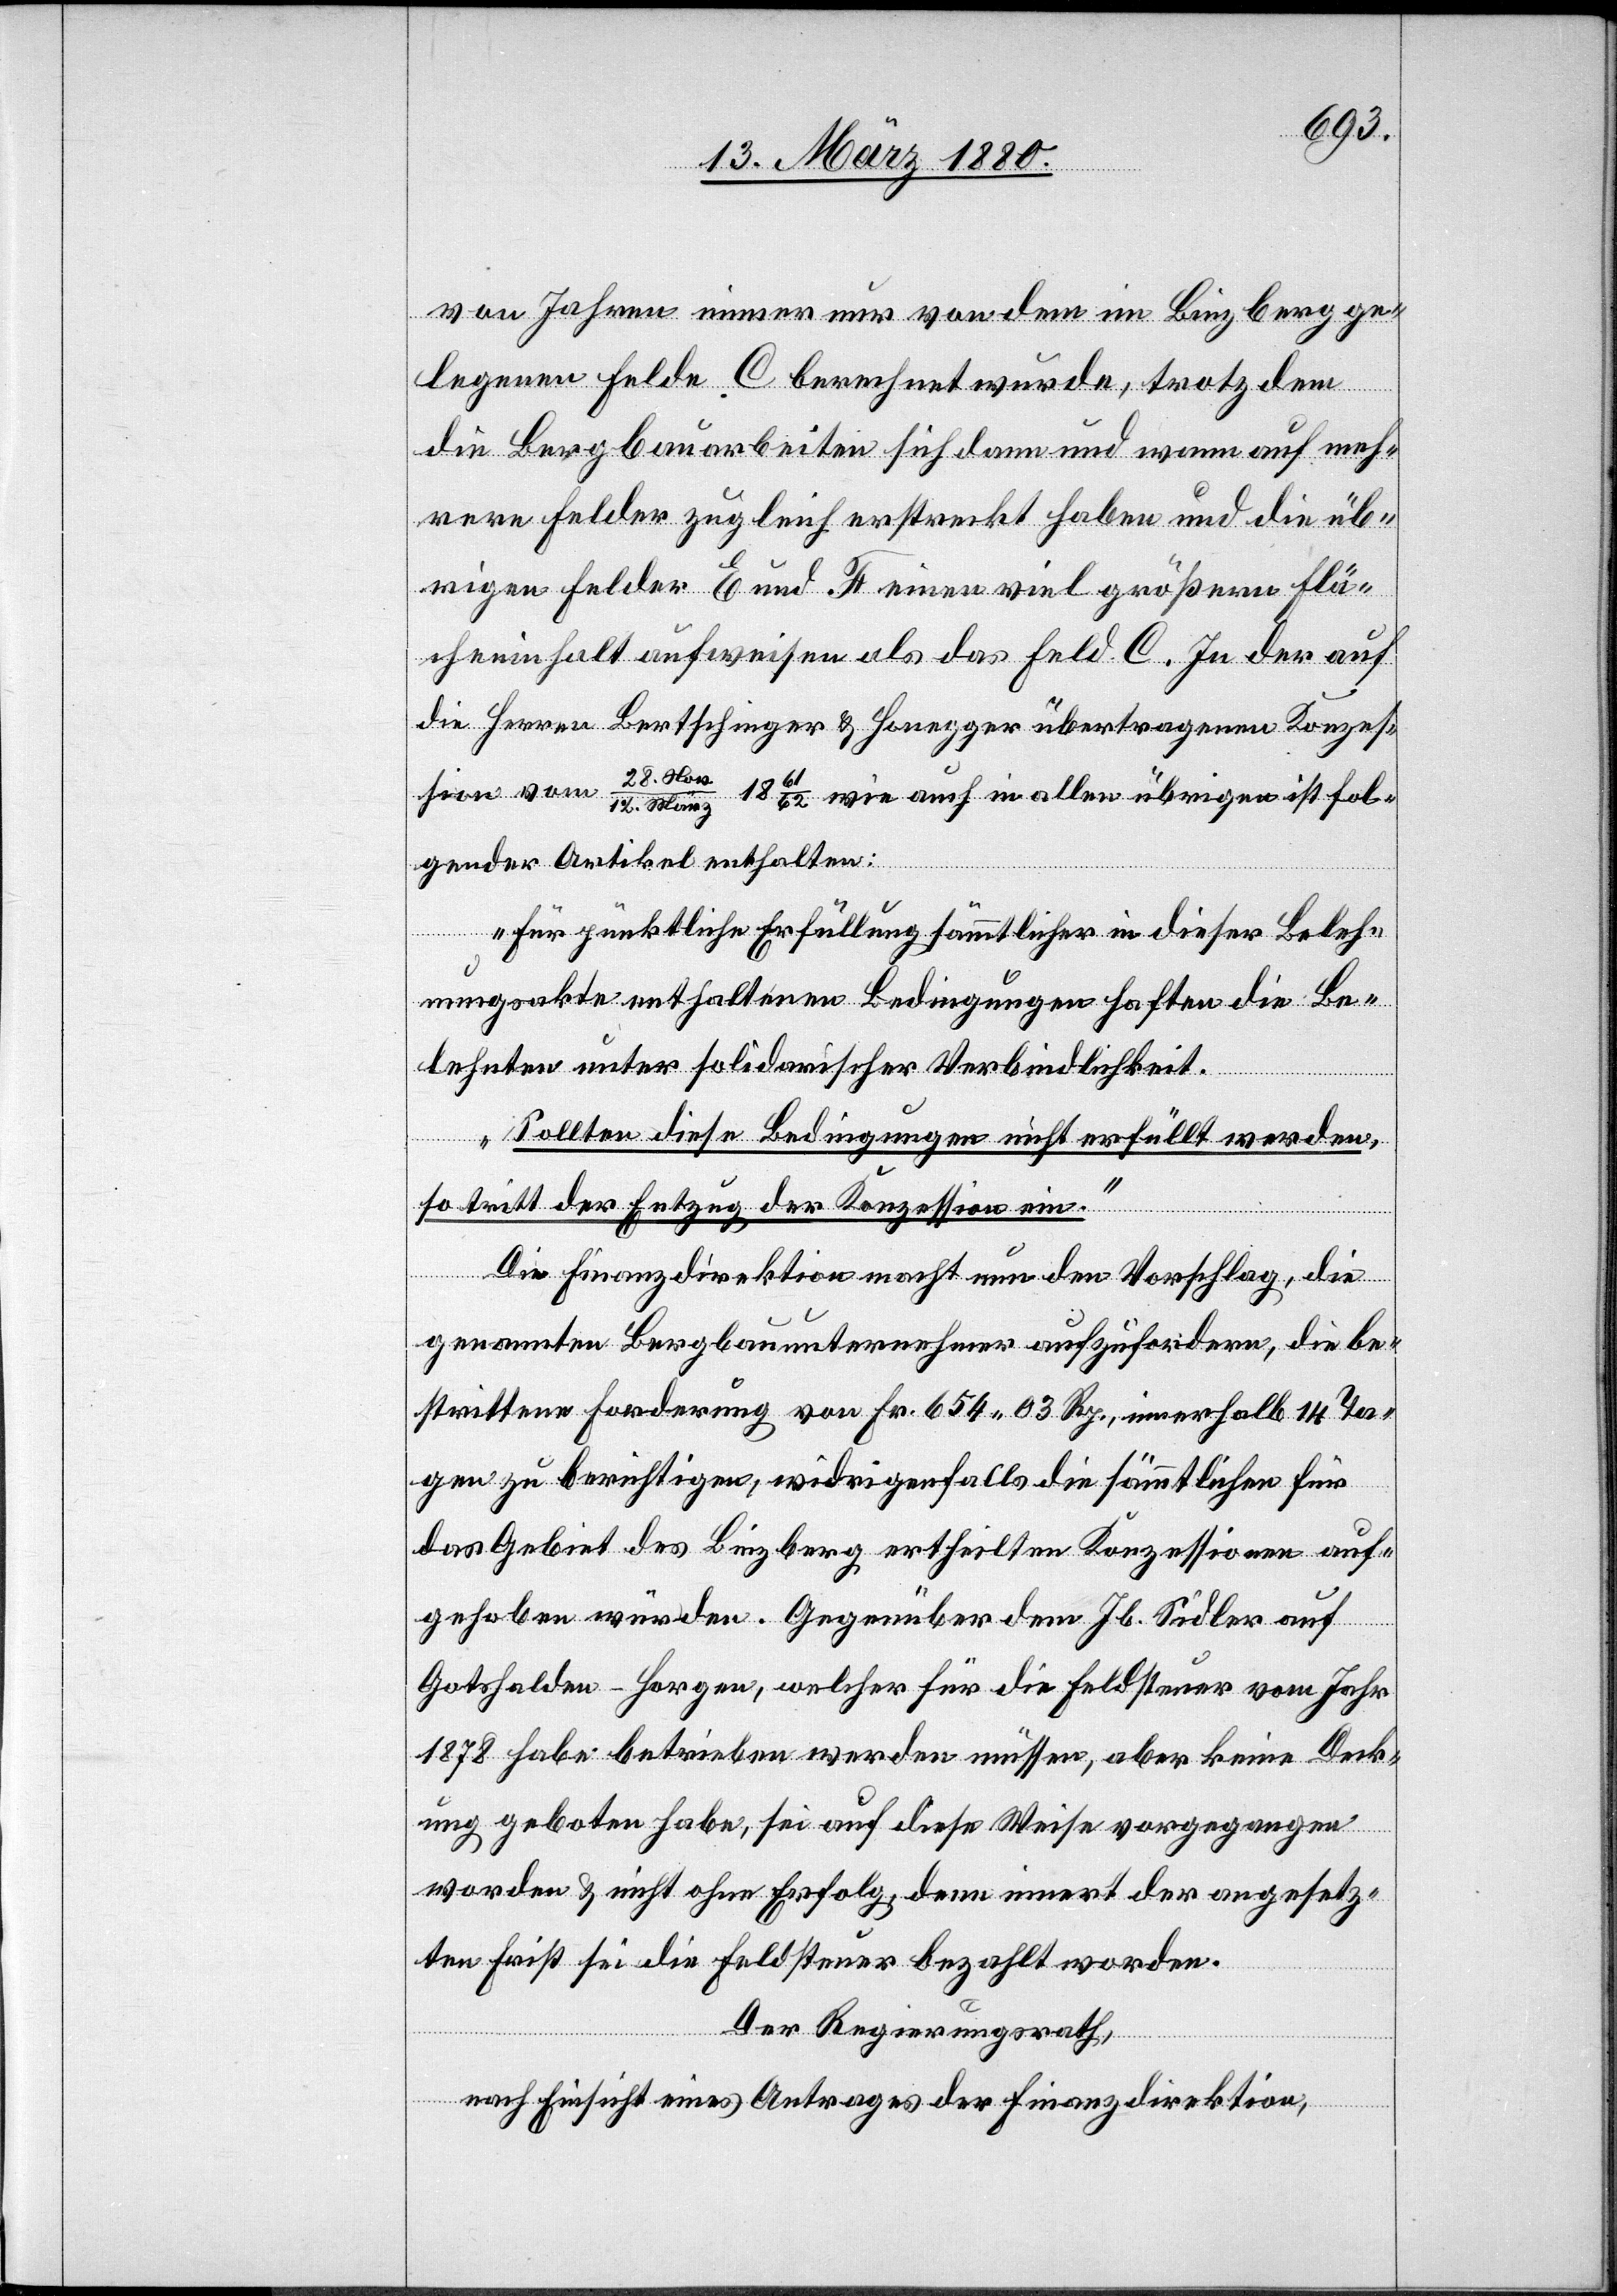
von Jahren immer nur von dem im Binzberg ge¬
legenen Felde C berechnet wurde, trotzdem
die Bergbauarbeiten sich dann und wann auf meh¬
rere Felder zugleich erstreckt haben und die üb¬
rigen Felder E und F einen viel größern Flä¬
cheninhalt aufweisen als das Feld C. In der auf
die Herren Bertschinger & Honegger übertragenen Konzes¬
sion vom
1861/62 wie auch in allen übrigen ist fol¬
v./12. März
gender Artikel enthalten:
„Für pünktliche Erfüllung sämmtlicher in dieser Beleh¬
nungsakte enthaltenen Bedingungen haften die Be¬
lehnten unter solidarischer Verbindlichkeit.
Sollten diese Bedingungen nicht erfüllt werden,
No¬
so tritt der Entzug der Konzession ein.“
Die Finanzdirektion macht nun den Vorschlag, die
genannten Bergbauunternehmer aufzufordern, die be¬
strittene Forderung von Fr. 654 03 Rp., innerhalb 14 Ta¬
gen zu berichtigen, widrigenfalls die sämmtlichen für
das Gebiet des Binzberg ertheilten Konzessionen auf¬
gehoben würden. Gegenüber dem Jb. Sidler auf
Gotshalden - Horgen, welcher für die Feldsteuer vom Jahr
1878 habe betrieben werden müssen, aber keine Deck¬
ung geboten habe, sei auf diese Weise vorgegangen
worden & nicht ohne Erfolg, denn innert der angesetz¬
ten Frist sei die Feldsteuer bezahlt worden.
Der Regierungsrath,
nach Einsicht eines Antrages der Finanzdirektion,